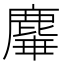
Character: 𪊩